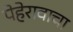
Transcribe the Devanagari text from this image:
पेहेरावाचा